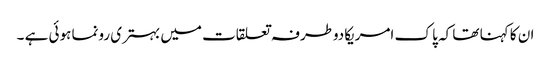
ان کا کہنا تھا کہ پا ک امریکادوطرفہ تعلقات میں بہتری رونما ہوئی ہے ۔